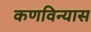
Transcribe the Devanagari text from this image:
कणविन्यास